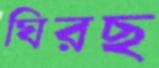
ঘিরছ